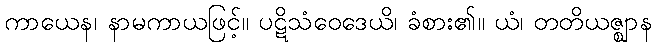
ကာယေန၊ နာမကာယဖြင့်။ ပဋိသံဝေဒေယိ၊ ခံစား၏။ ယံ၊ တတိယဇ္ဈာန